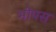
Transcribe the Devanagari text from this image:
भोपस